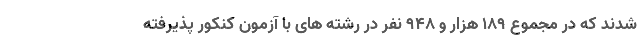
شدند که در مجموع ۱۸۹ هزار و ۹۴۸ نفر در رشته های با آزمون کنکور پذیرفته